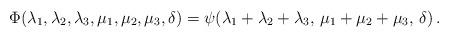
LaTeX: \begin{align*}\Phi(\lambda_1,\lambda_2,\lambda_3,\mu_1,\mu_2,\mu_3,\delta) = \psi(\lambda_1+\lambda_2+\lambda_3,\,\mu_1+\mu_2+\mu_3,\, \delta)\,.\end{align*}